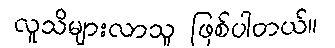
လူသိများလာသူ ဖြစ်ပါတယ်။